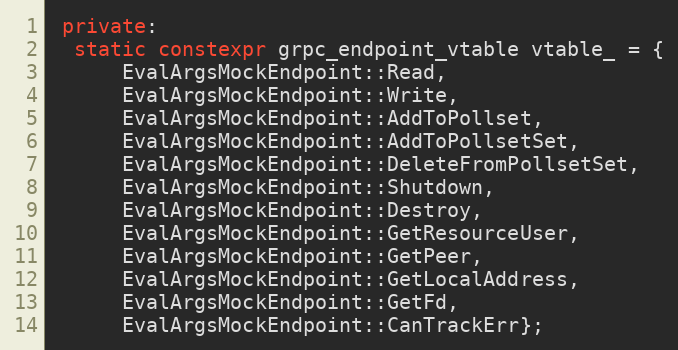
Language: C++
 private:
  static constexpr grpc_endpoint_vtable vtable_ = {
      EvalArgsMockEndpoint::Read,
      EvalArgsMockEndpoint::Write,
      EvalArgsMockEndpoint::AddToPollset,
      EvalArgsMockEndpoint::AddToPollsetSet,
      EvalArgsMockEndpoint::DeleteFromPollsetSet,
      EvalArgsMockEndpoint::Shutdown,
      EvalArgsMockEndpoint::Destroy,
      EvalArgsMockEndpoint::GetResourceUser,
      EvalArgsMockEndpoint::GetPeer,
      EvalArgsMockEndpoint::GetLocalAddress,
      EvalArgsMockEndpoint::GetFd,
      EvalArgsMockEndpoint::CanTrackErr};